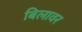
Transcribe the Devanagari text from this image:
बिलावर